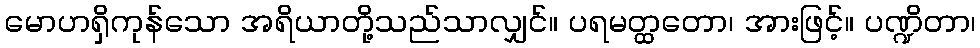
မောဟရှိကုန်သော အရိယာတို့သည်သာလျှင်။ ပရမတ္ထတော၊ အားဖြင့်။ ပဏ္ဍိတာ၊